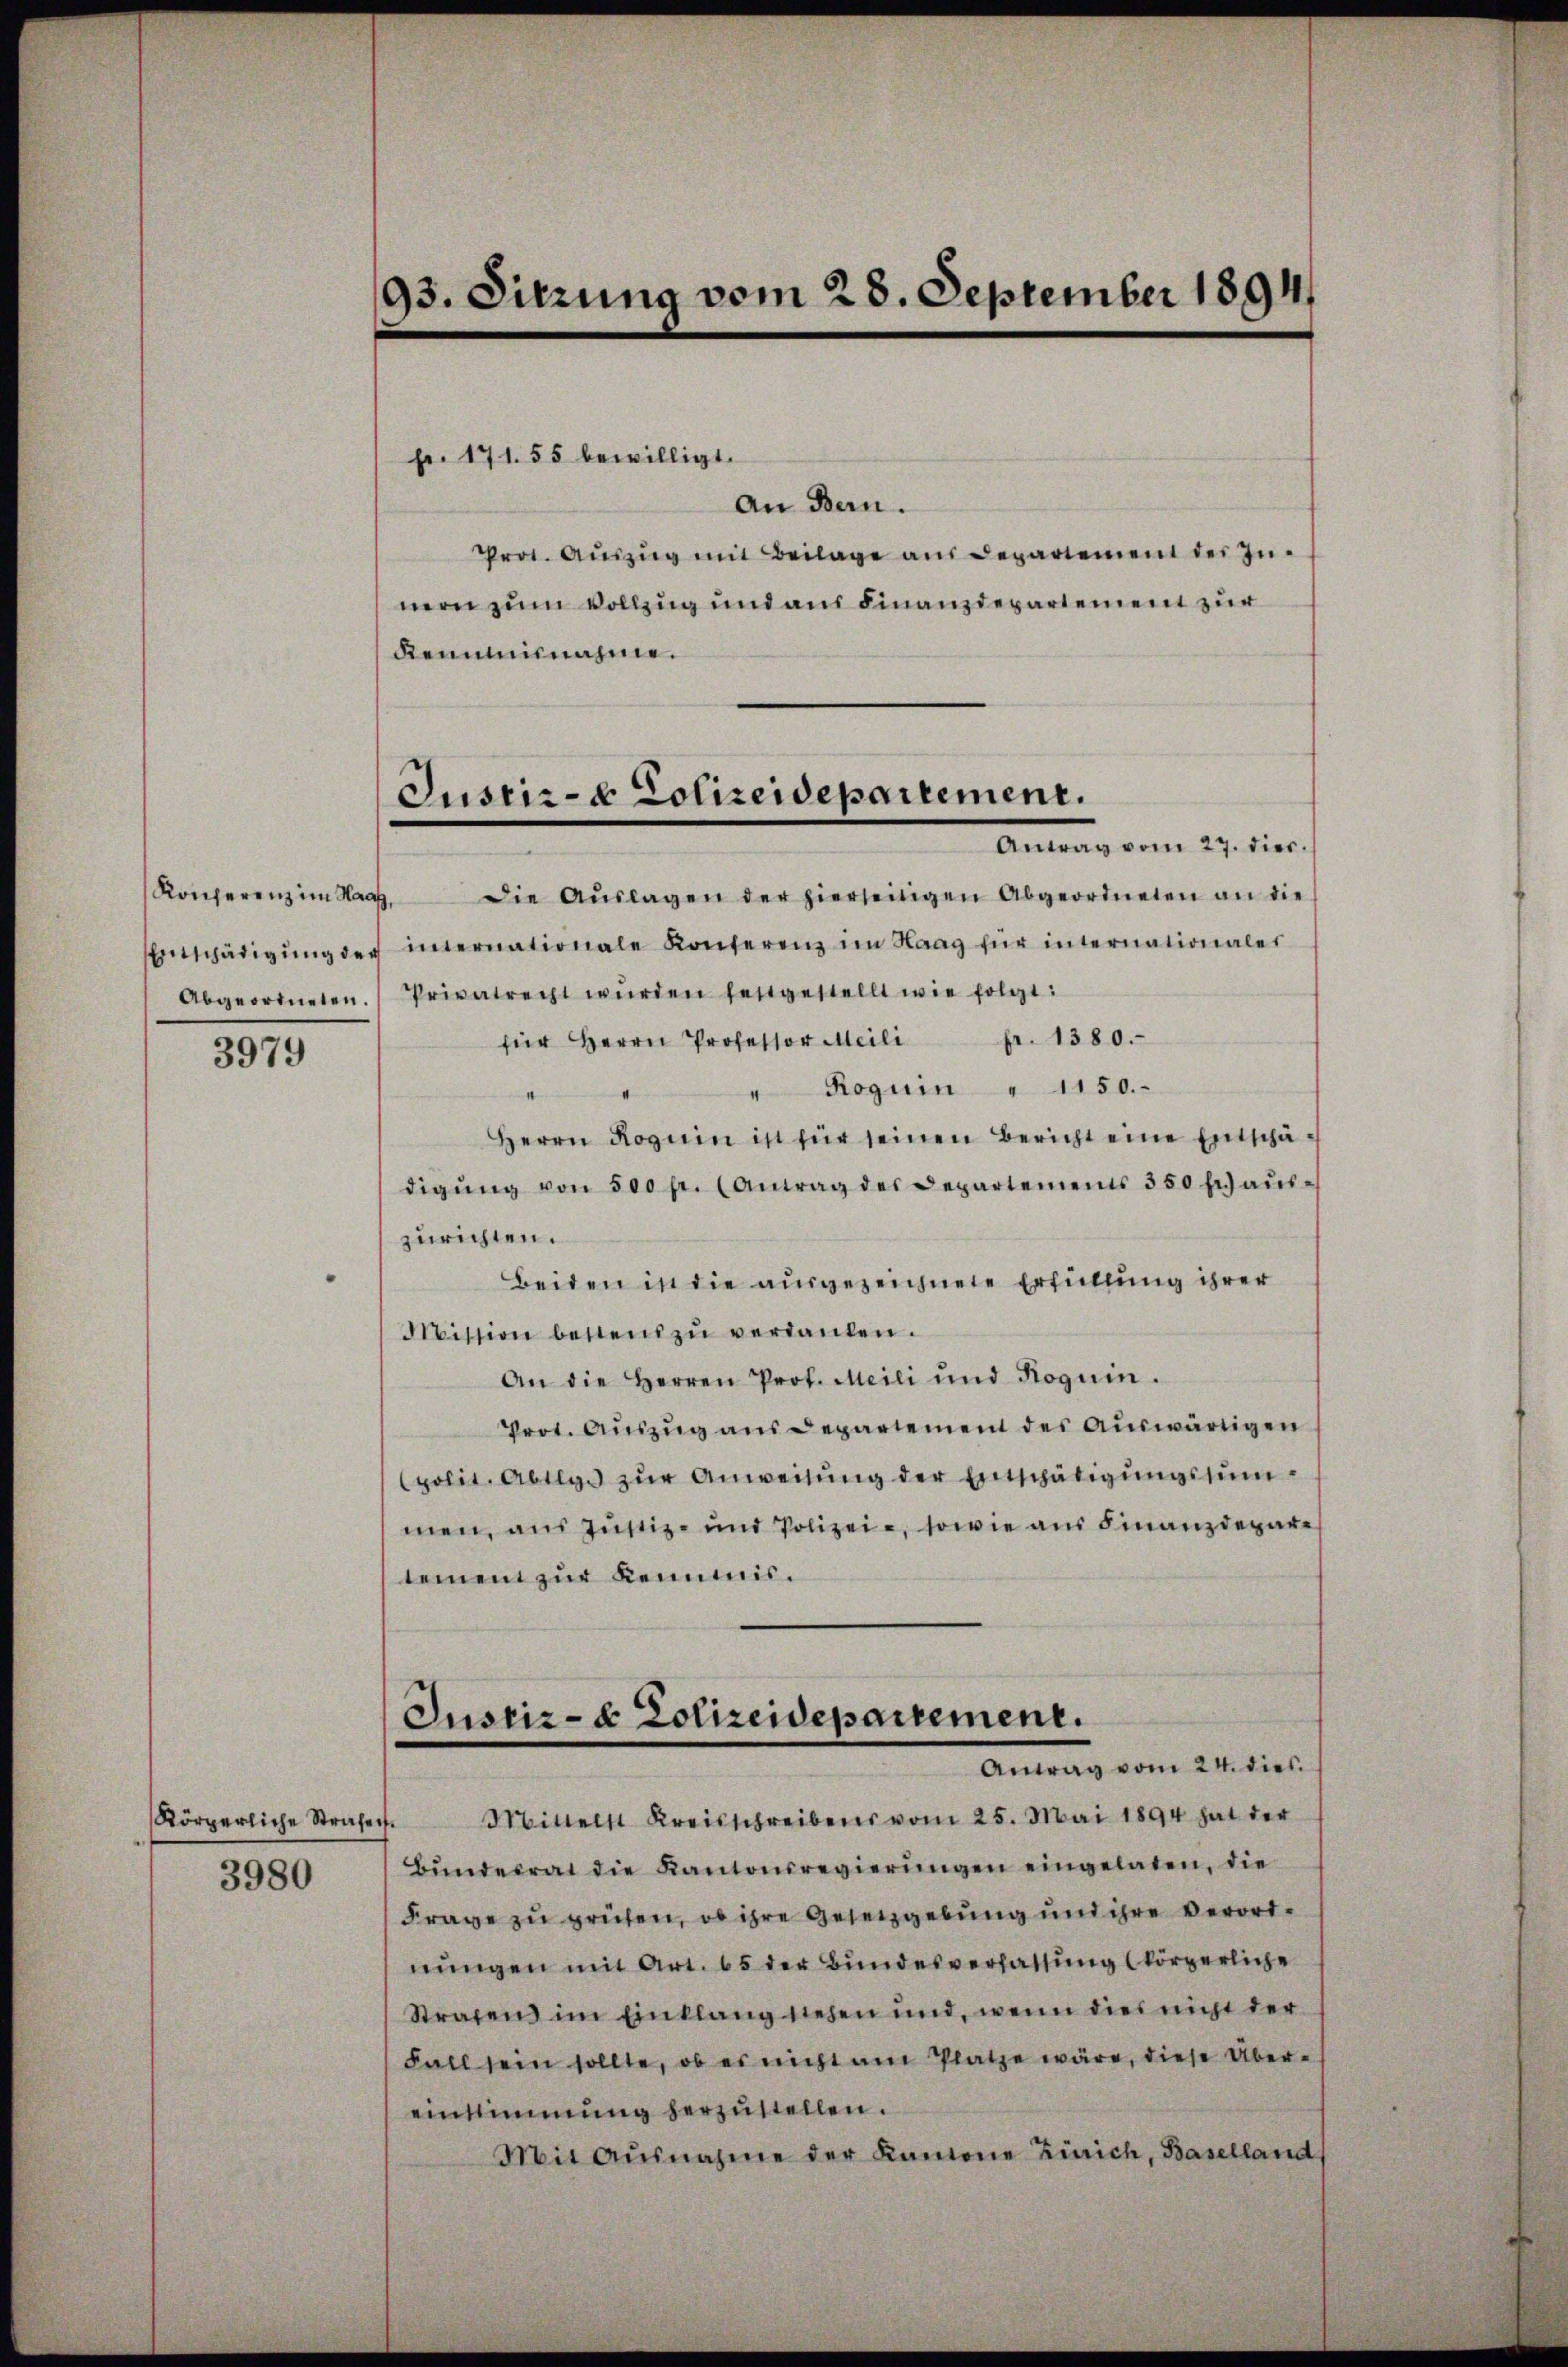
Abgeordneten.

3979

Körperliche Strafe
3980

93. Sitzung vom 28. September 1894

Justiz- & Polizeidepartement.
Antrag vom 27. dies.

pr. 171. 55 bewilligt.
An Bern.
Prot. Auszug mit Beilage aus Departement des Innern zum Vollzug und aus Finanzdepartement zur
Remminnahme.
Konferenz im Maag, die Aŭslagen der hierseitigen Abgeordneten an die
Entschädigŭng der imernationale Konferenz im Haag für internationales
Privatrecht wŭrden festgestellt wie folgt:
für Herrn Professor Meili fr. 1380.
Roguin " 1150.
d
Herrn Roguin ist für seinen Bericht eine Entschädigŭng von 500 fr. (Antrag des Departements 350 fr aŭs-
zurichten.
Beiden in die ausgezeichnete Erfüllung ihrer
Mission bestens zŭ verdanken.
An die Herren Prof. Meili und Roguin.
Prot. Auszug aus Departement des auswärtigen
polit. Abtig zŭr Anweisung der Entschädigungssummen, aus Justiz- und Polizei, sowie aus Finanzdepar
tement zur Keimis¬
Justiz- & Polizeidepartement.
Antrag vom 24. dies
Mittelst Kreisschreibens vom 25. Mai 1894 hat der
e
Bŭndesrat die Kantonsregierŭngen eingelaten, die
Frage zu prüfen, ob ihre Gesetzgebung und ihre verordnungen mit Art. 65 der Bundesverfassung körperliche
Strafens im Einklang stehen und, wenn dies nicht der
Fall sein sollte, ob er nicht am Platze wäre, diese Übereinstimmung herzustellen.
Mit Ausnahme der Kantone Zürich, Baselland,